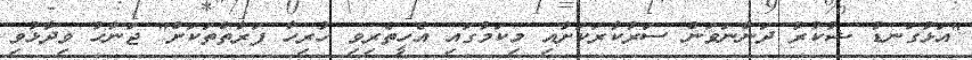
"އަޅުގަނޑު ޝުކުރު ދަންނަވަން ސަރުކާރަކަށާއި މިކަމުގައި އެހީތެރިވި ހުރިހާ ފަރާތްތަކަށް" ޖަނާހު ވިދާޅުވި